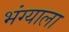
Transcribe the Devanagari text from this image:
भंग्याला